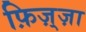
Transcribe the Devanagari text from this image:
फ़िज़्ज़ा